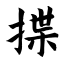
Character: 揲